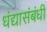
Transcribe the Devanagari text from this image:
धंद्यासंबंधीं